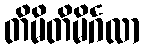
တိမိတိမိင်္ဂလာ